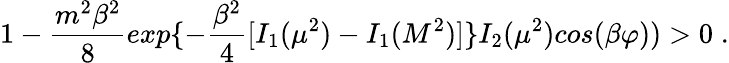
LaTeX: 1-{\frac{m^{2}\beta^{2}}{8}}exp\{ -{\frac{\beta^{2}}{4}}[I_{1}(\mu^{2})-I_{1}(M^{2})]\} I_{2}(\mu^{2})cos(\beta\varphi))>0\; .